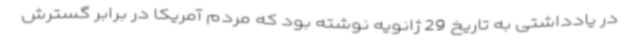
در یادداشتی به تاریخ 29 ژانویه نوشته بود که مردم آمریکا در برابر گسترش